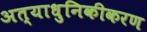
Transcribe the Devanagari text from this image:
अत्याधुनिकीकरण